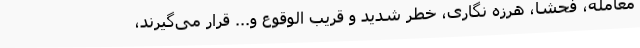
معامله، فحشا، هرزه نگاری، خطر شدید و قریب الوقوع و... قرار می‌گیرند،